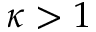
\kappa > 1